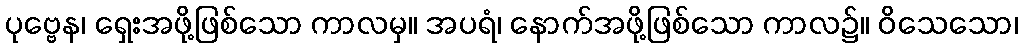
ပုဗ္ဗေန၊ ရှေးအဖို့ဖြစ်သော ကာလမှ။ အပရံ၊ နောက်အဖို့ဖြစ်သော ကာလ၌။ ဝိသေသော၊